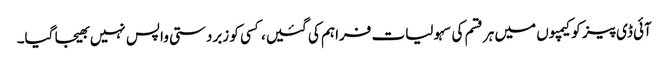
آئی ڈی پیز کو کیمپوں میں ہر قسم کی سہولیات فراہم کی گئیں، کسی کو زبردستی واپس نہیں بھیجا گیا۔